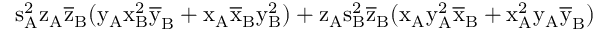
\mathrm { s _ { A } ^ { 2 } \mathrm { z _ { A } \mathrm { \overline { { z } } _ { B } ( \mathrm { y _ { A } \mathrm { x _ { B } ^ { 2 } \mathrm { \overline { { y } } _ { B } + \mathrm { x _ { A } \mathrm { \overline { { x } } _ { B } \mathrm { y _ { B } ^ { 2 } ) + \mathrm { z _ { A } \mathrm { s _ { B } ^ { 2 } \mathrm { \overline { { z } } _ { B } ( \mathrm { x _ { A } \mathrm { y _ { A } ^ { 2 } \mathrm { \overline { { x } } _ { B } + \mathrm { x _ { A } ^ { 2 } \mathrm { y _ { A } \mathrm { \overline { { y } } _ { B } ) } } } } } } } } } } } } } } } } } }